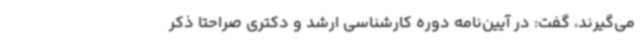
می‌گیرند، گفت: در آیین‌نامه دوره کارشناسی ارشد و دکتری صراحتا ذکر